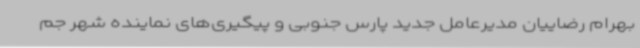
بهرام رضاییان مدیرعامل جدید پارس جنوبی و پیگیری‌های نماینده شهر جم